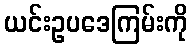
ယင်းဥပဒေကြမ်းကို